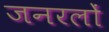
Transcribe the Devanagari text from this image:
जनरलाें